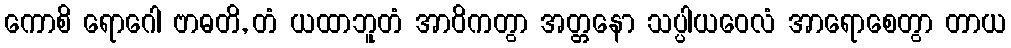
ကောစိ ရောဂေါ ဗာဓတိ, တံ ယထာဘူတံ အာဝိကတွာ အတ္တနော သပ္ပါယဝေလံ အာရောစေတွာ တာယ